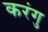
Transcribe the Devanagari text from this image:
करंगु